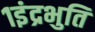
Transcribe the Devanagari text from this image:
१इंद्रभुति